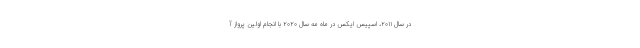
در سال ۲۰۱۱، اسپیس ایکس در ماه مه سال ۲۰۲۰ با انجام اولین پرواز آ